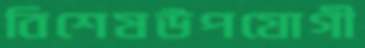
বিশেষউপযোগী